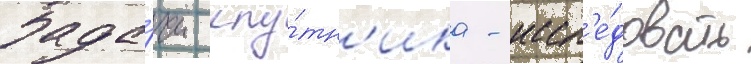
Зада́чи спу́тн'ика - иссл'е́довать